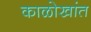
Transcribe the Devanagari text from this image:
काळोखांत